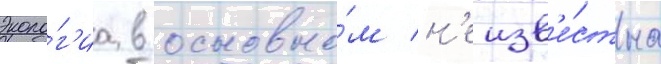
Эколо́г'иа в основно́м н'еизв'е́стна